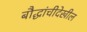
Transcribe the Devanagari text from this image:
बौद्धांचीदेखील